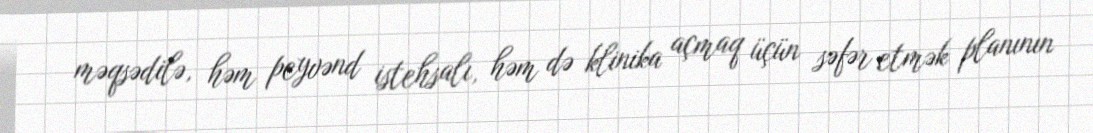
məqsədilə, həm peyvənd istehsalı, həm də klinika açmaq üçün səfər etmək planının